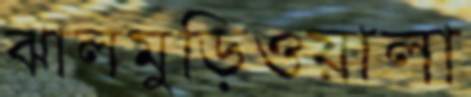
ঝালমুড়িওয়ালা